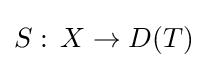
S:\,X\rightarrow D(T)